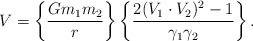
\begin{align*}V = \left\{ {G m_1 m_2 \over r} \right\} \left\{ {2(V_1 \cdot V_2)^2 -1 \over \gamma_1 \gamma_2} \right\}.\end{align*}